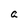
Character: a